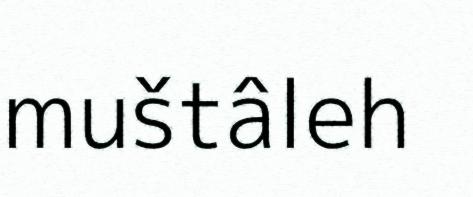
muštâleh